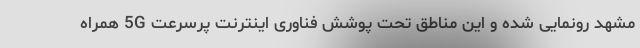
مشهد رونمایی شده و این مناطق تحت پوشش فناوری اینترنت پرسرعت 5G همراه